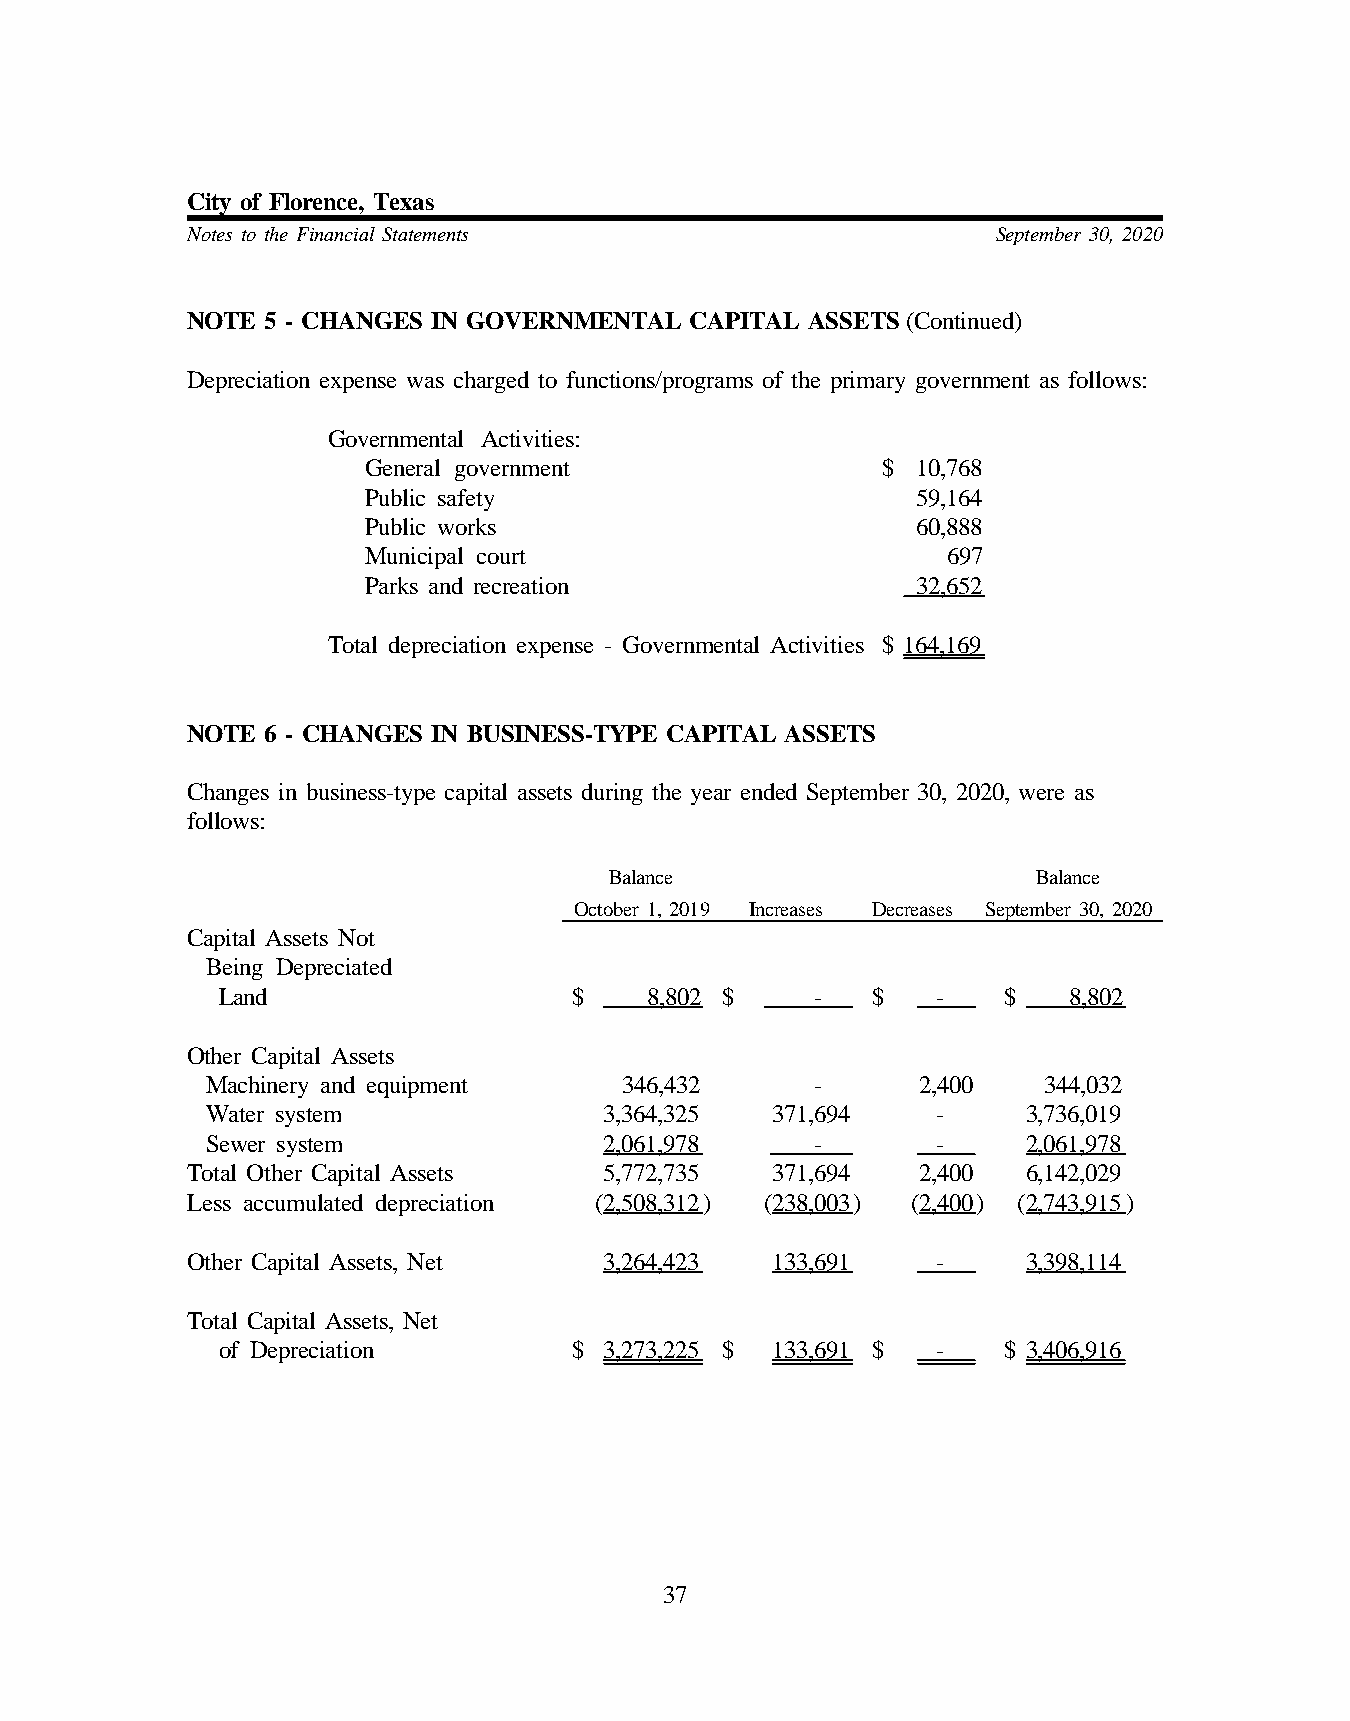
City of Florence, Texas
 Notes to the Financial Statements                     September 30, 2020
 NOTE  5 - CHANGES IN GOVERNMENTAL CAPITAL ASSETS (Continued)
 Depreciation expense was charged to functions/programs of the primary government as follows:
 Governmental Activities:
 General government                $  10,768
 Public safety                        59,164
 Public works                         60,888
 Municipal court                        697
 Parks and recreation                 32,652
 Total depreciation expense - Governmental Activities $ 164,169
 NOTE  6 - CHANGES IN BUSINESS-TYPE CAPITAL ASSETS
 Changes in business-type capital assets during the year ended September 30, 2020, were as
 follows:
 Balance                      Balance
 October 1, 2019 Increases Decreases September 30, 2020
 Capital Assets Not
 Being Depreciated
 Land                    $    8,802 $    -   $   -   $    8,802
 Other Capital Assets
 Machinery and equipment    346,432      -      2,400   344,032
 Water system              3,364,325  371,694    -     3,736,019
 Sewer system              2,061,978     -       -     2,061,978
 Total Other Capital Assets  5,772,735  371,694   2,400  6,142,029
 Less accumulated depreciation (2,508,312) (238,003) (2,400) (2,743,915)
 Other Capital Assets, Net   3,264,423  133,691    -     3,398,114
 Total Capital Assets, Net
 of Depreciation         $ 3,273,225 $ 133,691 $ -   $ 3,406,916
 37